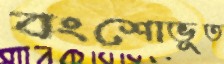
বংশোভূত